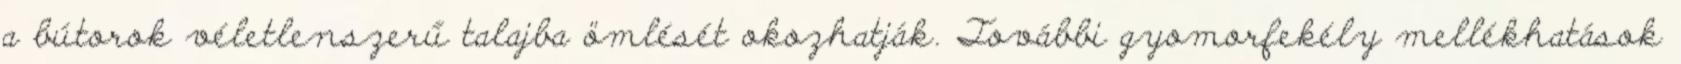
a bútorok véletlenszerű talajba ömlését okozhatják. További gyomorfekély mellékhatások